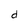
Character: d